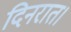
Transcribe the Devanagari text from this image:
दिनरात।